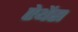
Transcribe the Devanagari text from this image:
ऐथेंस